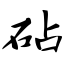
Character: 砧